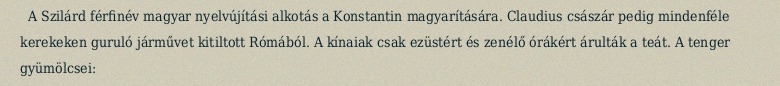
A Szilárd férfinév magyar nyelvújítási alkotás a Konstantin magyarítására. Claudius császár pedig mindenféle kerekeken guruló járművet kitiltott Rómából. A kínaiak csak ezüstért és zenélő órákért árulták a teát. A tenger gyümölcsei: